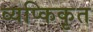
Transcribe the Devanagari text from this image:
व्यप्किकृत